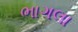
ભાગલા